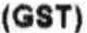
(GST)